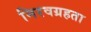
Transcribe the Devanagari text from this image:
निरवग्रहता